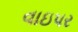
વાઇપર